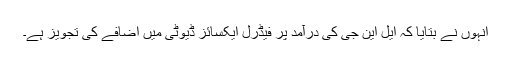
انہوں نے بتایا کہ ایل این جی کی درآمد پر فیڈرل ایکسائز ڈیوٹی میں اضافے کی تجویز ہے۔